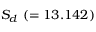
{ \cal S } _ { d } ~ ( = 1 3 . 1 4 2 )